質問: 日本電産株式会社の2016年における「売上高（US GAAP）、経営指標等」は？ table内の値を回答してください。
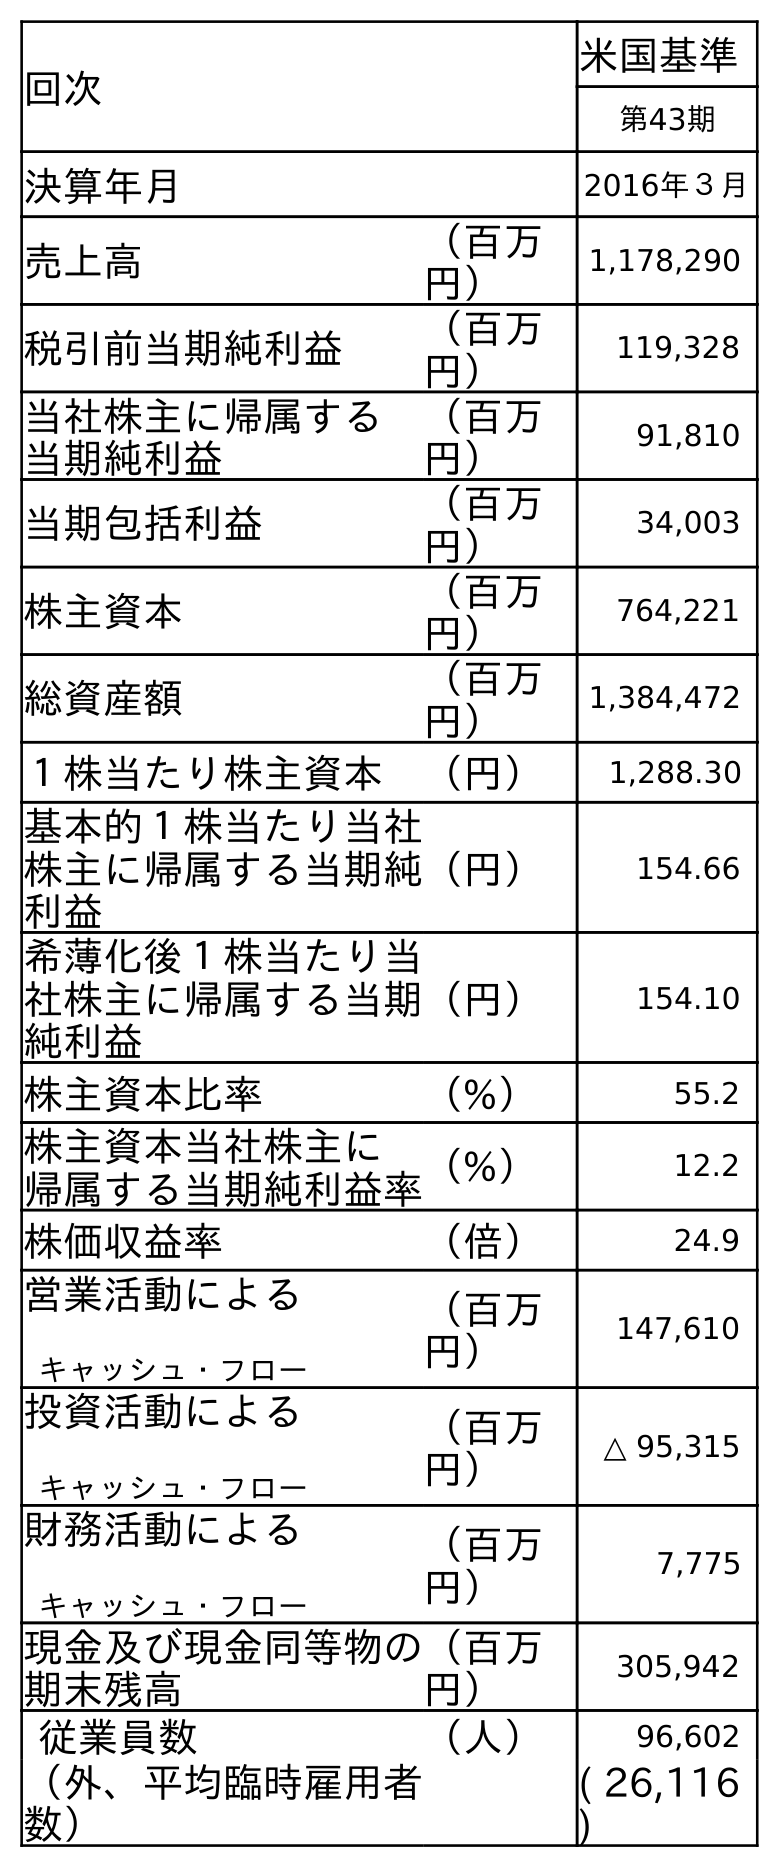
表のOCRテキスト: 回次 米国基準 第43期 決算年月 2016年３月 売上高 （百万 円） 1,178,290 税引前当期純利益 （百万 円） 119,328 当社株主に帰属する 当期純利益 （百万 円） 91,810 当期包括利益 （百万 円） 34,003 株主資本 （百万 円） 764,221 総資産額 （百万 円） 1,384,472 １株当たり株主資本 （円） 1,288.30 基本的１株当たり当社 株主に帰属する当期純 利益 （円） 154.66 希薄化後１株当たり当 社株主に帰属する当期 純利益 （円） 154.10 株主資本比率 （%） 55.2 株主資本当社株主に 帰属する当期純利益率（%） 12.2 株価収益率 （倍） 24.9 営業活動による キャッシュ・フロー （百万 円） 147,610 投資活動による キャッシュ・フロー （百万 円） △ 95,315 財務活動による キャッシュ・フロー （百万 円） 7,775 現金及び現金同等物の 期末残高 （百万 円） 305,942 従業員数 （人） 96,602 （外、平均臨時雇用者 数） ( 26,116 )
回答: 1,178,290